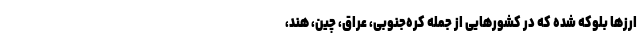
ارز‌ها بلوکه شده که در کشور‌هایی از جمله کره‌جنوبی، عراق، چین، هند،